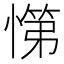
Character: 𭞟